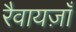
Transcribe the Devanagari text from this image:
रैवायज़ाँ